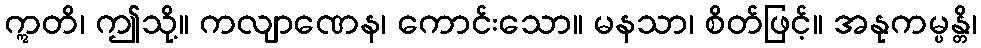
ဣတိ၊ ဤသို့။ ကလျာဏေန၊ ကောင်းသော။ မနသာ၊ စိတ်ဖြင့်။ အနုကမ္ပန္တိ၊